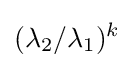
(\lambda _{2}/\lambda _{1})^{k}